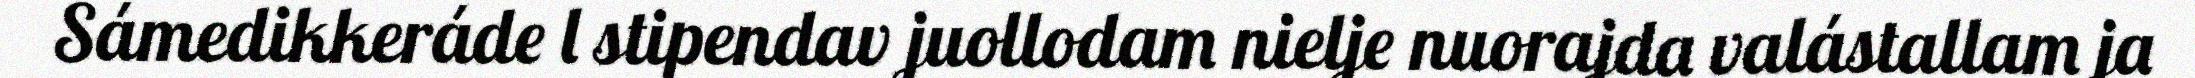
Sámedikkeráde l stipendav juollodam nielje nuorajda valástallam ja